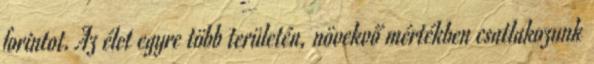
forintot. Az élet egyre több területén, növekvő mértékben csatlakozunk